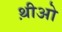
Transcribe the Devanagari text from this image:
थ़ीओ